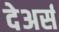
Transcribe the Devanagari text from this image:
देअर्स